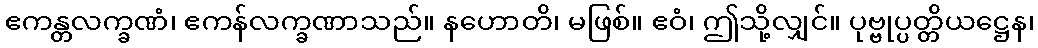
ဧကန္တလက္ခဏံ၊ ဧကန်လက္ခဏာသည်။ နဟောတိ၊ မဖြစ်။ ဧဝံ၊ ဤသို့လျှင်။ ပုဗ္ဗုပ္ပတ္တိယဋ္ဌေန၊